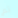
تم